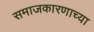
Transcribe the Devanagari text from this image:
समाजकारणाच्या